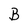
Character: B